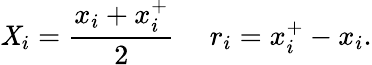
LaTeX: \mathit{X}_{i}=\frac{{x_{i}+x_{i}^{+}}}{{2}}\ \ \ \ \ r_{i}=x_{i}^{+}-x_{i}.